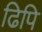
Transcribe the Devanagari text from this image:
ढिपि